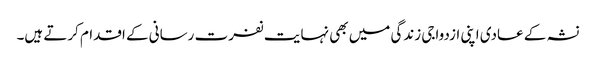
نشہ کے عادی اپنی ازدواجی زندگی میں بھی نہایت نفرت رسانی کے اقدام کرتے ہیں۔